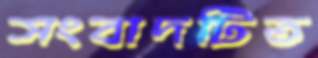
সংবাদটিত